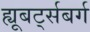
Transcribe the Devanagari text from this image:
ह्यूबर्ट्सबर्ग